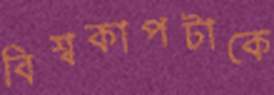
বিশ্বকাপটাকে